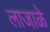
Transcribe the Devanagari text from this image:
लाजाळे